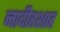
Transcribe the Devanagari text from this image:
नादीरशाह